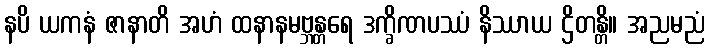
နပိ ယကနံ ဇာနာတိ အဟံ ထနာနမဗ္ဘန္တရေ ဒက္ခိဏပဿံ နိဿာယ ဌိတန္တိ။ အညမညံ